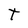
Character: T